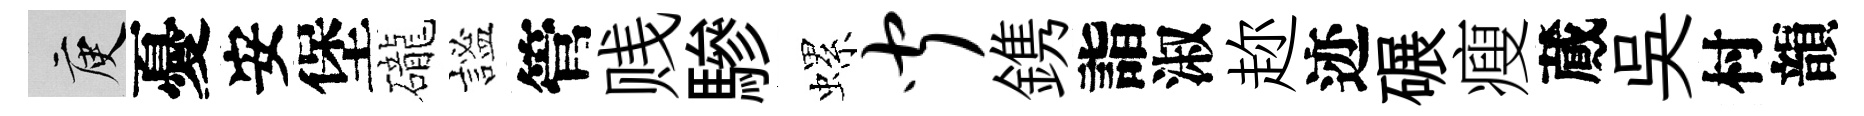
庾憂安堡礲謐管贱驂螺闻鎸詣淑趂迹碾瘦蕆吴村韻